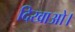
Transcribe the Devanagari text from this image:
दिखाओ।